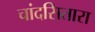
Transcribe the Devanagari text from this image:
चांदसितारा